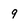
Character: 9